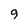
Character: 9